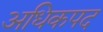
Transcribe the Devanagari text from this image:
अधिकपद